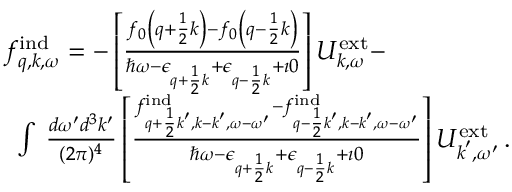
\begin{array} { r l } & { f _ { \boldsymbol { q } , \boldsymbol { k } , \omega } ^ { \mathrm { i n d } } = - \left[ \frac { f _ { 0 } \left( \boldsymbol { q } + \frac { 1 } { 2 } \boldsymbol { k } \right) - f _ { 0 } \left( \boldsymbol { q } - \frac { 1 } { 2 } \boldsymbol { k } \right) } { \hbar \omega - \epsilon _ { \boldsymbol { q } + \frac { 1 } { 2 } \boldsymbol { k } } + \epsilon _ { \boldsymbol { q } - \frac { 1 } { 2 } \boldsymbol { k } } + \imath 0 } \right] { U } _ { \boldsymbol { k } , \omega } ^ { \mathrm { e x t } } - } \\ & { \, \, \, \int \, \frac { d \omega ^ { \prime } d ^ { 3 } k ^ { \prime } } { ( 2 \pi ) ^ { 4 } } \left[ \frac { f _ { \boldsymbol { q } + \frac { 1 } { 2 } \boldsymbol { k } ^ { \prime } , \boldsymbol { k } - \boldsymbol { k } ^ { \prime } , \omega - \omega ^ { \prime } } ^ { \mathrm { i n d } } - f _ { \boldsymbol { q } - \frac { 1 } { 2 } \boldsymbol { k } ^ { \prime } , \boldsymbol { k } - \boldsymbol { k } ^ { \prime } , \omega - \omega ^ { \prime } } ^ { \mathrm { i n d } } } { \hbar \omega - \epsilon _ { \boldsymbol { q } + \frac { 1 } { 2 } \boldsymbol { k } } + \epsilon _ { \boldsymbol { q } - \frac { 1 } { 2 } \boldsymbol { k } } + \imath 0 } \right] { U } _ { \boldsymbol { k } ^ { \prime } , \omega ^ { \prime } } ^ { \mathrm { e x t } } \, . } \end{array}